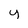
Character: y